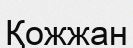
Қожжан